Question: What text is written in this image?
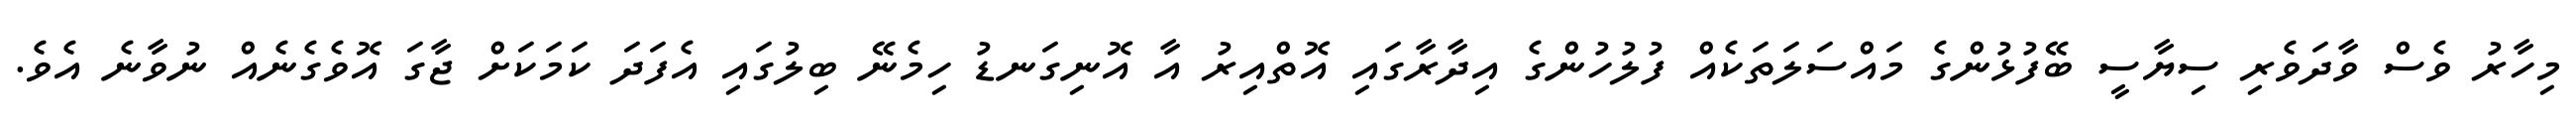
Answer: މިހާރު ވެސް ވާދަވެރި ސިޔާސީ ބޭފުޅުންގެ މައްސަލަތަކެއް ފުލުހުންގެ އިދާރާގައި އޮތްއިރު އާ އޮނިގަނޑު ހިމެނޭ ބިލުގައި އެފަދަ ކަމަކަށް ޖާގަ އޮވެގެނެއް ނުވާނެ އެވެ.